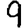
Digit: 9